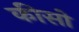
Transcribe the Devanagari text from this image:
कीसो